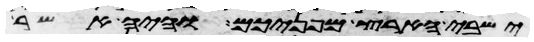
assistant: ישבי הארץ מפניכם והיה אשר